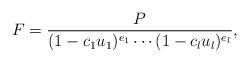
LaTeX: \begin{align*} F = \frac{P}{(1-c_1u_1)^{e_1} \cdots (1-c_lu_l)^{e_l}}, \end{align*}